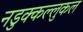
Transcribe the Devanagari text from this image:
नडुक्कल्लुकल